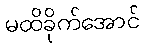
မထိခိုက်အောင်